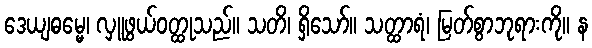
ဒေယျဓမ္မေ၊ လှူဖွယ်ဝတ္ထုသည်။ သတိ၊ ရှိသော်။ သတ္ထာရံ၊ မြတ်စွာဘုရားကို။ န